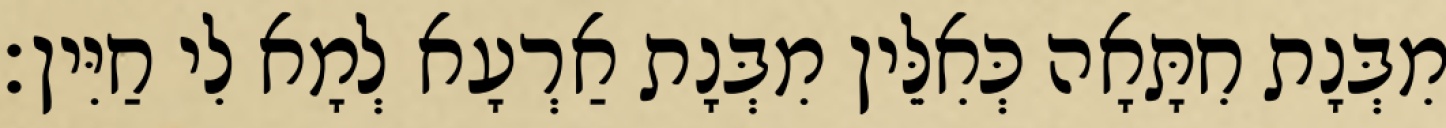
מִבְּנָת חִתָּאָה כְּאִלֵּין מִבְּנָת אַרְעָא לְמָא לִי חַיִּין׃